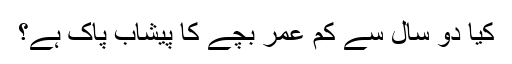
کیا دو سال سے کم عمر بچے کا پیشاب پاک ہے؟